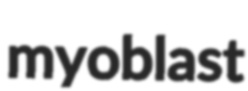
myoblast